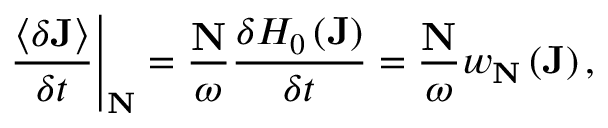
\left. \frac { \left\langle \delta \mathbf { J } \right\rangle } { \delta t } \right| _ { \mathbf { N } } = \frac { \mathbf { N } } { \omega } \frac { \delta H _ { 0 } \left( \mathbf { J } \right) } { \delta t } = \frac { \mathbf { N } } { \omega } w _ { \mathbf { N } } \left( \mathbf { J } \right) ,